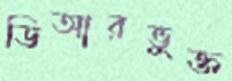
ডিআরভুক্ত